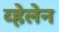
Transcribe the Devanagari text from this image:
व्हेलेन